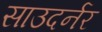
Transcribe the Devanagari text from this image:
साउदर्नर